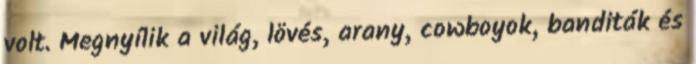
volt. Megnyílik a világ, lövés, arany, cowboyok, banditák és